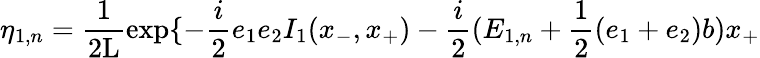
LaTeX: {\eta}_{1,n}=\frac{1}{2\mathrm{L}}\exp\{ -\frac{i}{2}e_{1}e_{2}I_{1}(x_{-},x_{+})-\frac{i}{2}(E_{1,n}+\frac{1}{2}(e_{1}+e_{2})b)x_{+}